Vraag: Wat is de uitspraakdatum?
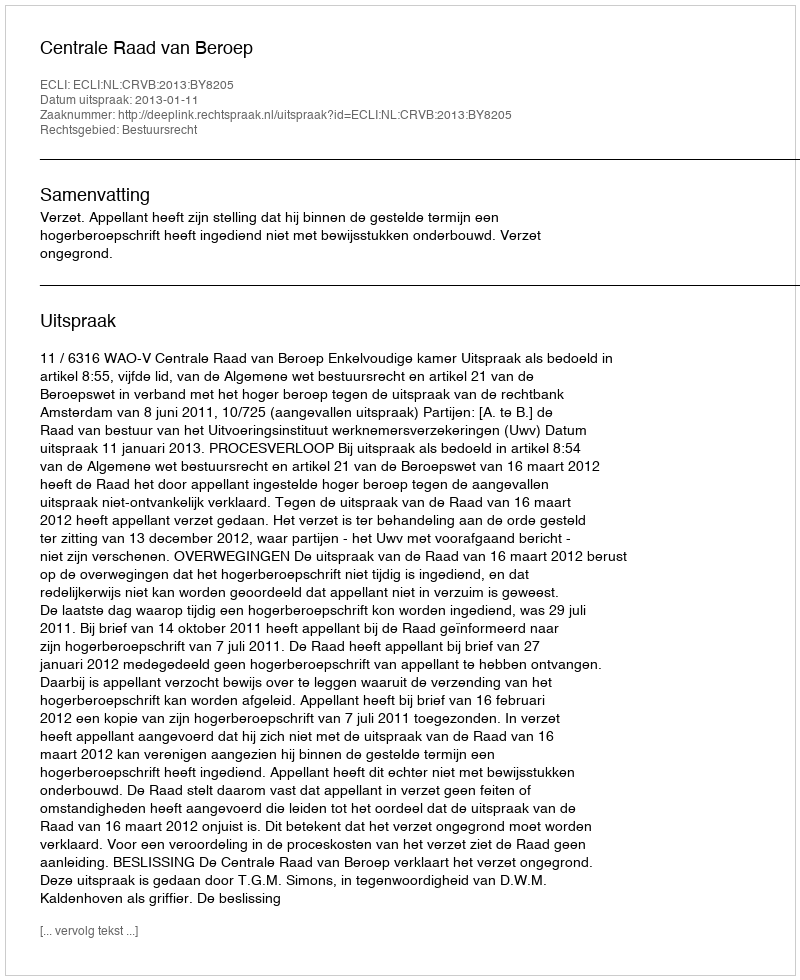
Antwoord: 2013-01-11